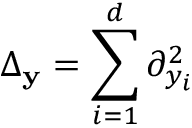
\Delta _ { \mathbf { y } } = \sum _ { i = 1 } ^ { d } \partial _ { y _ { i } } ^ { 2 }